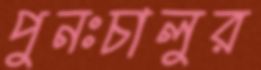
পুনঃচালুর